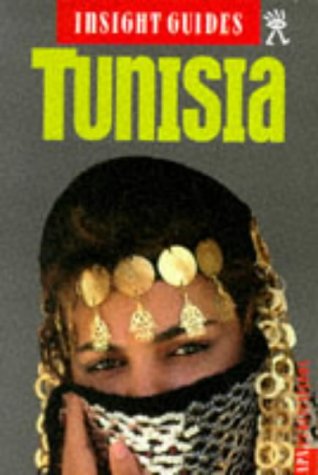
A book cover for Tunisia Insight Guide (Insight Guides); Travel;